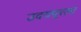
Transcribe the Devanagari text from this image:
उदयपूरला